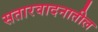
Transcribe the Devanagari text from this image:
सतारवादनातील